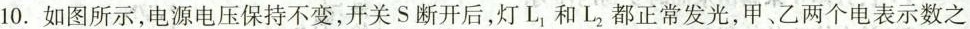
10.如图所示，电源电压保持不变，开关S断开后，灯L_{1}和L_{2}都正常发光，甲、乙两个电表示数之